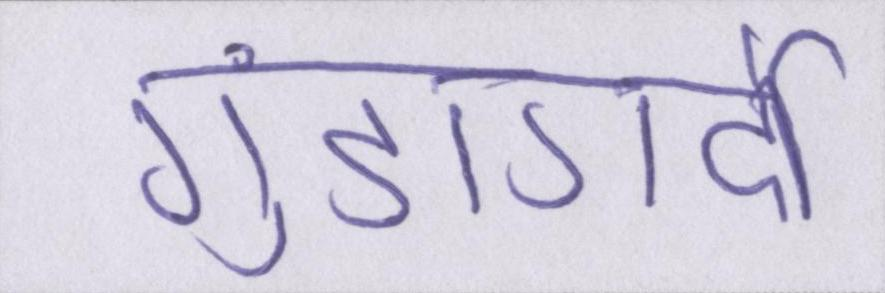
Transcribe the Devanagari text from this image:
गुंडागर्दी